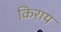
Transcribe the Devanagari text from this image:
किराय